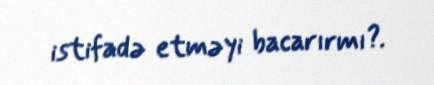
istifadə etməyi bacarırmı?.